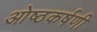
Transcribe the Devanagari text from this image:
ओष्ठकर्षणी